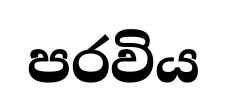
පරවිය